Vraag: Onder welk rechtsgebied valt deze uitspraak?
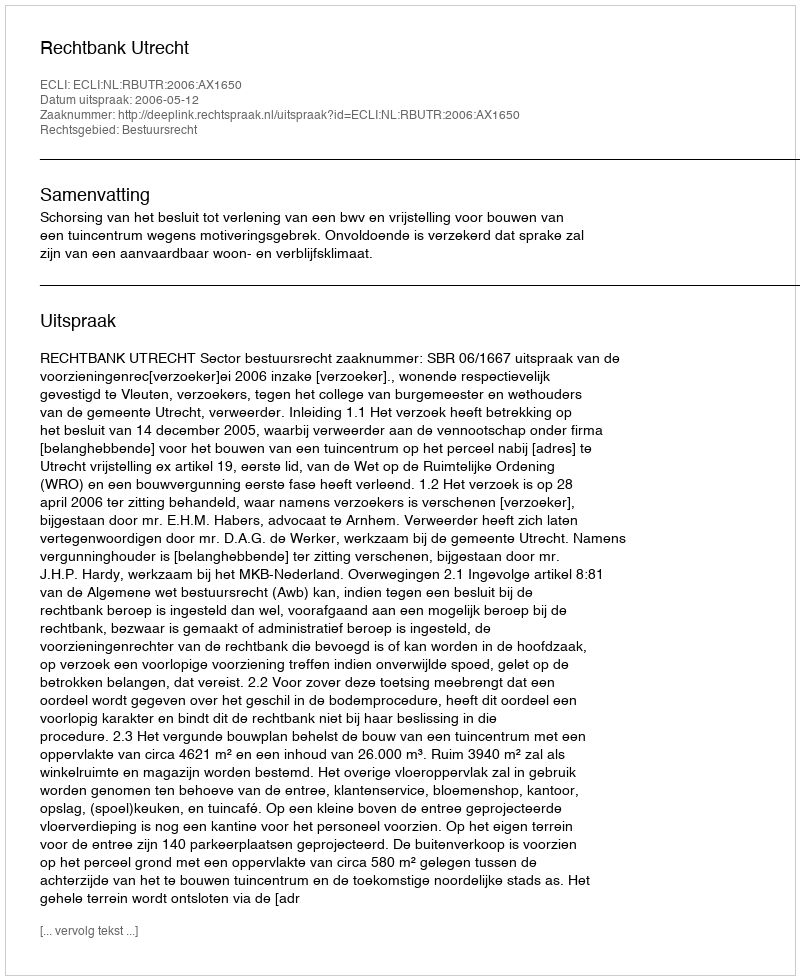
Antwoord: Bestuursrecht